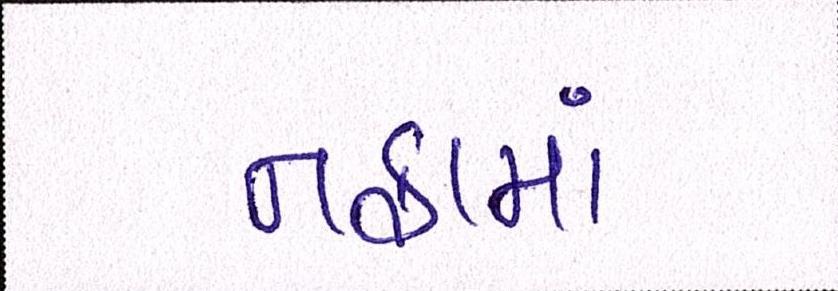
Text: નફામાં